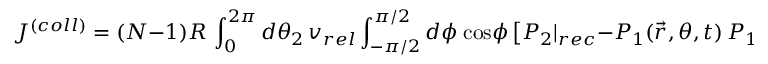
J ^ { ( c o l l ) } = ( N - 1 ) R \, \int _ { 0 } ^ { 2 \pi } d \theta _ { 2 } \, v _ { r e l } \int _ { - \pi / 2 } ^ { \pi / 2 } d \phi \; \mathrm { c o s } \phi \, \big [ P _ { 2 } | _ { r e c } - P _ { 1 } ( \vec { r } , \theta , t ) \, P _ { 1 } ( \vec { r } _ { 2 } , \theta _ { 2 } , t ) \big ] \bigg | _ { \Delta r = R }